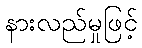
နားလည်မှုဖြင့်